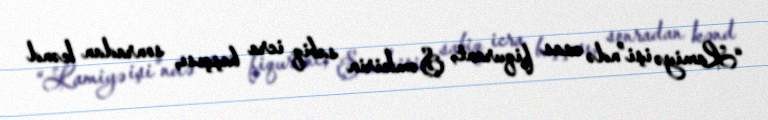
“Lamiyə işi”ndə əsas fiqurant, Şəmkirin sabiq icra başçısı, sonradan kənd